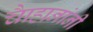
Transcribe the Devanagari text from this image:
चाैहानांनी